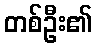
တစ်ဦး၏